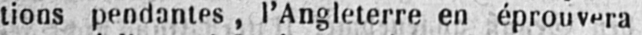
tions pendantes, l’Angleterre en éprouvera